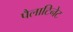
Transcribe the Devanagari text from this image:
पैलाटिनेट